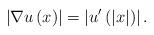
LaTeX: \begin{align*}\left\vert \nabla u\left( x\right) \right\vert =\left\vert u^{\prime}\left(\left\vert x\right\vert \right) \right\vert .\end{align*}